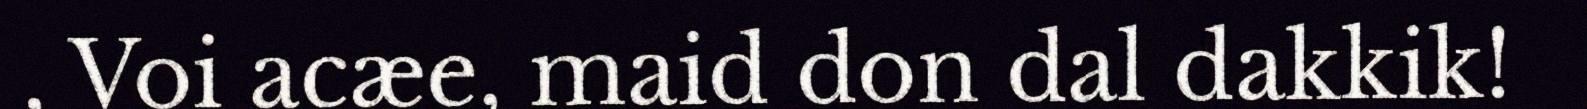
, Voi acæe, maid don dal dakkik!